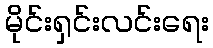
မိုင်းရှင်းလင်းရေး